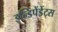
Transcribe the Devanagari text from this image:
इन्डिपेंडेंट्स